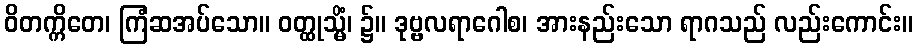
ဝိတက္ကိတေ၊ ကြံဆအပ်သော။ ဝတ္ထုသ္မိံ၊ ၌။ ဒုဗ္ဗလရာဂေါစ၊ အားနည်းသော ရာဂသည် လည်းကောင်း။